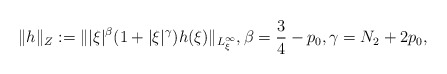
\begin{align*}\| h\|_{Z}:=\| |\xi|^{\beta}(1 +|\xi|^{\gamma}) {h}(\xi)\|_{L^\infty_\xi},\beta=\frac{3}{4}-p_0, \gamma= N_2 + 2p_0,\end{align*}